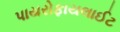
પાયરોફાયલાઈટ